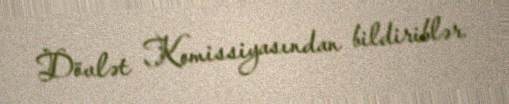
Dövlət Komissiyasından bildiriblər.